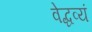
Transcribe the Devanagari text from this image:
वेद्धव्यं